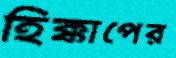
হিক্কাপের